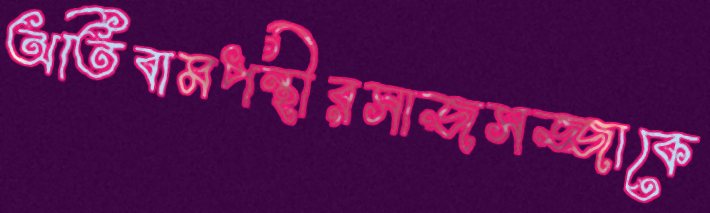
অতিবামপন্থীরসাজসজ্জাকে